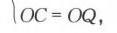
\(OC = OQ\)